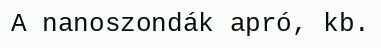
A nanoszondák apró, kb.